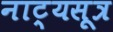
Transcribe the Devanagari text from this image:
नाट्यसूत्र